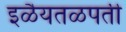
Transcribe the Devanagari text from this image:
इळैयतळपती